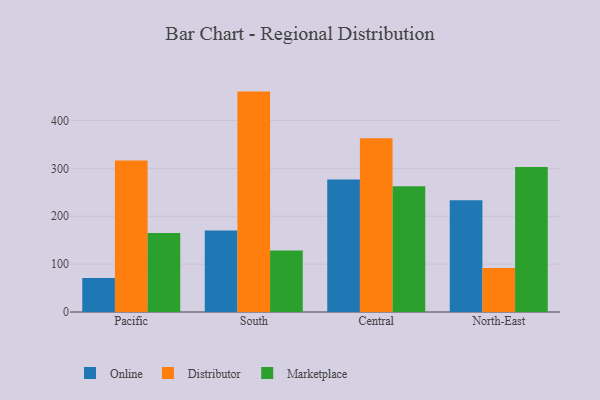
{"axis": {"x": "Region", "y": "Market Share (%)"}, "legend": ["Distributor", "Marketplace", "Online"], "data": [{"x": "Pacific", "y": 71.1, "type": "Online"}, {"x": "Pacific", "y": 316.6, "type": "Distributor"}, {"x": "Pacific", "y": 165.0, "type": "Marketplace"}, {"x": "South", "y": 170.3, "type": "Online"}, {"x": "South", "y": 460.3, "type": "Distributor"}, {"x": "South", "y": 128.6, "type": "Marketplace"}, {"x": "Central", "y": 276.9, "type": "Online"}, {"x": "Central", "y": 362.9, "type": "Distributor"}, {"x": "Central", "y": 262.4, "type": "Marketplace"}, {"x": "North-East", "y": 233.2, "type": "Online"}, {"x": "North-East", "y": 91.8, "type": "Distributor"}, {"x": "North-East", "y": 303.0, "type": "Marketplace"}]}